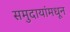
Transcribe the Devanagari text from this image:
समुदायांमधून